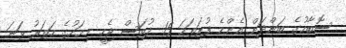
ސޮބާހުގެ ބަންދަށް އެންމެ ފުރަތަމަ 15 ދުވަސް ޖެހީ މިމަހުގެ ހަތަރު ވަަނަ